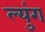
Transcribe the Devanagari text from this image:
ल्युंग